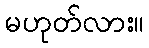
မဟုတ်လား။